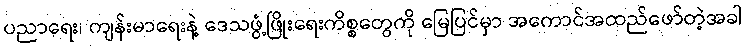
ပညာရေး၊ ကျန်းမာရေးနဲ့ ဒေသဖွံ့ဖြိုးရေးကိစ္စတွေကို မြေပြင်မှာ အကောင်အထည်ဖော်တဲ့အခါ